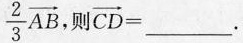
$$ $$\frac{2}{3}\overrightarrow{AB}$$ ,则 $$\overrightarrow{CD}=$$ _____.